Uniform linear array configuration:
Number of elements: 4
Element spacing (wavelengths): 0.75
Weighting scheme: binomial
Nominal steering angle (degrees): -60
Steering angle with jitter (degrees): -58.192
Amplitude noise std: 0.05
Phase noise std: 0.05

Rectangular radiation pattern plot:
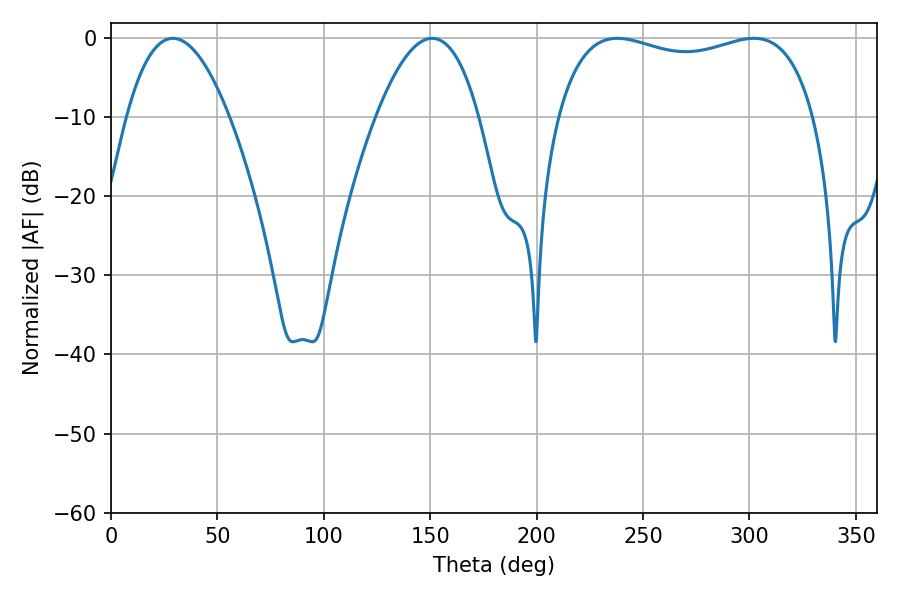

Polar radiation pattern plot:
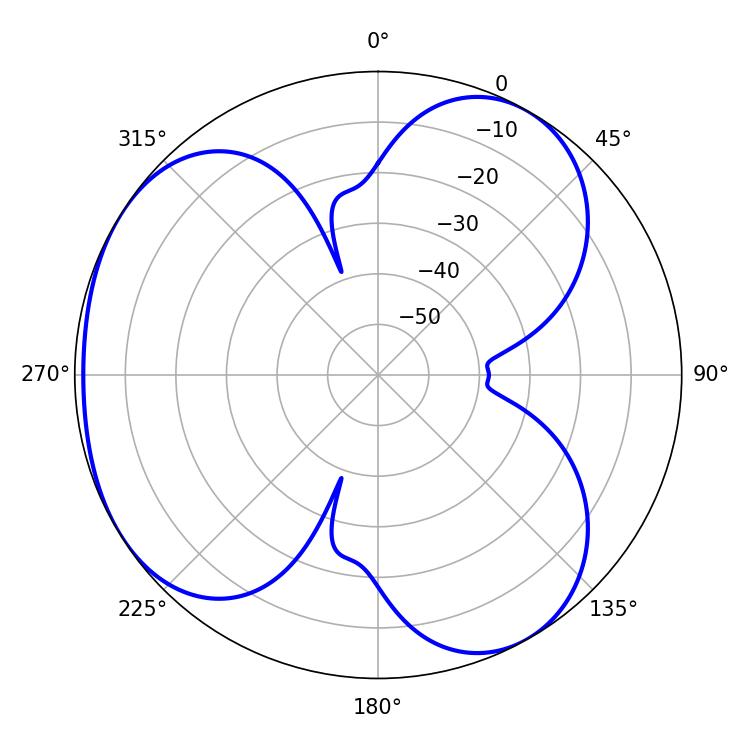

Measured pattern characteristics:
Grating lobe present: TRUE
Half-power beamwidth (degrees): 99
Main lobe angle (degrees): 237.96